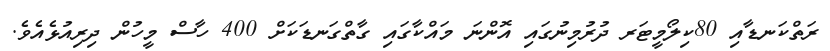
ރަތްކަނޑާއި 80ކިލޯމީޓަރ ދުރުމިނުގައި އޮންނަ މައްކާގައި ގާތްގަނޑަކަށް 400 ހާސް މީހުން ދިރިއުޅެއެވެ.